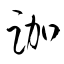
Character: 跏